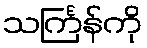
သင်္ကြန်ကို